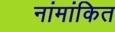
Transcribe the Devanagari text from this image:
नांमांकित